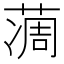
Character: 𦶌